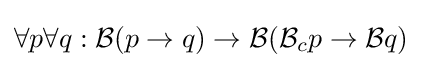
\forall p\forall q:{\mathcal {B}}(p\to q)\to {\mathcal {B}}({\mathcal {B}}_{c}p\to {\mathcal {B}}q)